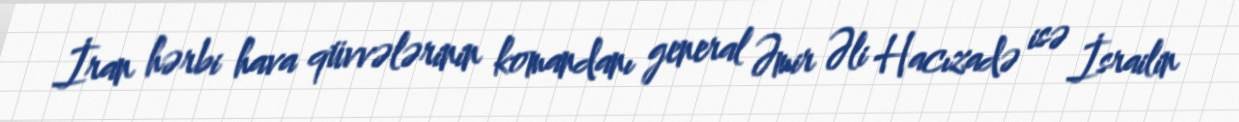
İran hərbi hava qüvvələrinin komandanı general Əmir Əli Hacızadə isə İsrailin